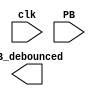
`timescale 1ns / 1ps
//////////////////////////////////////////////////////////////////////////////////
// Company: 
// Engineer: 
// 
// Design Name: 
// Module Name:    debounce 
// Project Name: 
// Target Devices: 
// Tool versions: 
// Description: 
//
// Dependencies: 
//
// Revision: 
// Revision 0.01 - File Created
// Additional Comments: 
//
//////////////////////////////////////////////////////////////////////////////////
module debounce(
    input clk,
    input PB,
    output PB_debounced
    );


endmodule